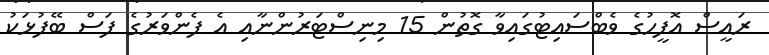
ރައީސް އޮފީހުގެ ވެބްސައިޓުގައިވާ ގޮތުން 15 މިނިސްޓަރުންނާއި އެ ފެންވަރުގެ ފަސް ބޭފުޅަކު